Lunatic asylums Central Provinces reports 1895-1909 - 1895-1909
Year: 1895
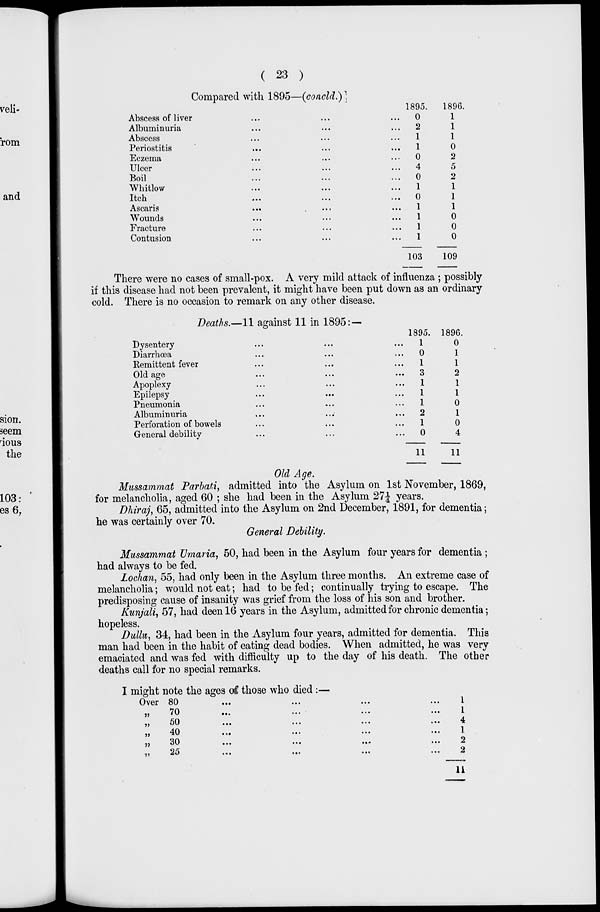
( 23 )
Compared with 1895—(concld.)
Abscess of liver... ... ...
Albuminuria... ... ...
Abscess... ... ...
Periostitis... ... ...
Eczema... ... ...
Ulcer... ... ...
Boil... ... ...
Whitlow... ... ...
Itch ... ... ...
Ascaris
...
...
...
Wounds... ... ...
Fracture... ... ...
Contusion... ... ...
1895.
0
2
1
1
0
4
0
1
0
1
1
1
1
103
1896.
1
1
1
0
2
5
2
1
1
1
0
0
0
109
There were no cases of small-pox. A very mild attack of influenza ; possibly
if this disease had not been prevalent, it might have been put down as an ordinary
cold. There is no occasion to remark on any other disease.
Deaths.—11 against 11 in 1895:—
Dysentery... ... ...
Diarrhœa... ... ...
Remittent fever... ... ...
Old age... ... ...
Apoplexy... ... ...
Epilepsy... ... ...
Pneumonia... ... ...
Albuminuria... ... ...
Perforation of bowels... ... ...
General debility... ... ...
1895.
1
0
1
3
1
1
1
2
1
0
11
1896.
0
1
1
2
1
1
0
1
0
4
11
Old Age.
Mussammat Parbati, admitted into the Asylum on 1st November, 1869,
for melancholia, aged 60 ; she had been in the Asylum 27 1/4 years.
Dhiraj, 65, admitted into the Asylum on 2nd December, 1891, for dementia;
he was certainly over 70.
General Debility.
Mussammat Umaria, 50, had been in the Asylum four years for dementia ;
had always to be fed.
Lochan, 55, had only been in the Asylum three months. An extreme case of
melancholia; would not eat; had to be fed; continually trying to escape. The
predisposing cause of insanity was grief from the loss of his son and brother.
Kunjali, 57, had deen 16 years in the Asylum, admitted for chronic dementia;
hopeless.
Dullu, 34, had been in the Asylum four years, admitted for dementia. This
man had been in the habit of eating dead bodies. When admitted, he was very
emaciated and was fed with difficulty up to the day of his death. The other
deaths call for no special remarks.
I might note the ages of those who died:—
Over 80
...
...
...
...
„
70
...
...
...
...
„ 50 ... ... ... ...
„ 40 ... ... ... ...
„ 30 ... ... ... ...
„ 25 ... ... ... ...
1
1
4
1
2
2
11